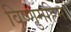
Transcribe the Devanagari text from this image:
विष्णुमहिमा